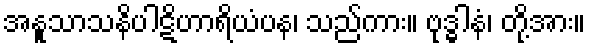
အနူသာသနိပါဋိဟာရိယံပန၊ သည်ကား။ ဗုဒ္ဓါနံ၊ တို့အား။